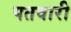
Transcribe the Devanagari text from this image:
पतवारी